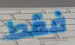
فقط